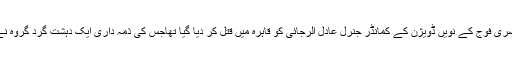
گزشتہ ہفتے مصری فوج کے نویں ڈویژن کے کمانڈر جنرل عادل الرجائی کو قاہرہ میں قتل کر دیا گیا تھاجس کی ذمہ داری ایک دہشت گرد گروہ نے قبول کی تھی۔